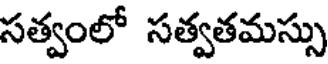
సత్వంలో సత్వతమస్సు